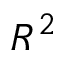
R ^ { 2 }